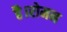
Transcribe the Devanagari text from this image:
है।रोमन